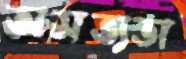
অসভ্যতা